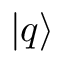
| q \rangle